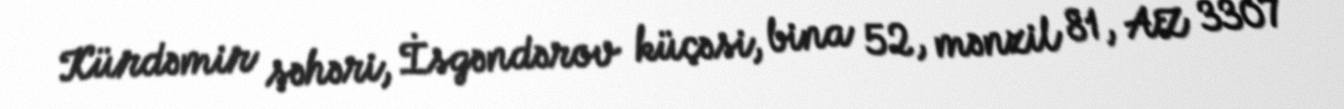
Kürdəmir şəhəri, İsgəndərov küçəsi, bina 52, mənzil 81, AZ 3307